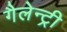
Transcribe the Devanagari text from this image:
गैलेन्ट्री